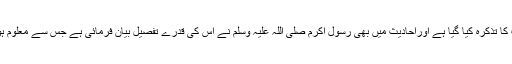
قرآن کے متعدد مقامات میں خواب کا تذکرہ کیا گیا ہے اوراحادیث میں بھی رسول اکرم صلی اللہ علیہ وسلم نے اس کی قدرے تفصیل بیان فرمائی ہے جس سے معلوم ہوتا ہے کہ خواب کا وجود حق ہے۔